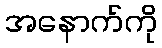
အနောက်ကို